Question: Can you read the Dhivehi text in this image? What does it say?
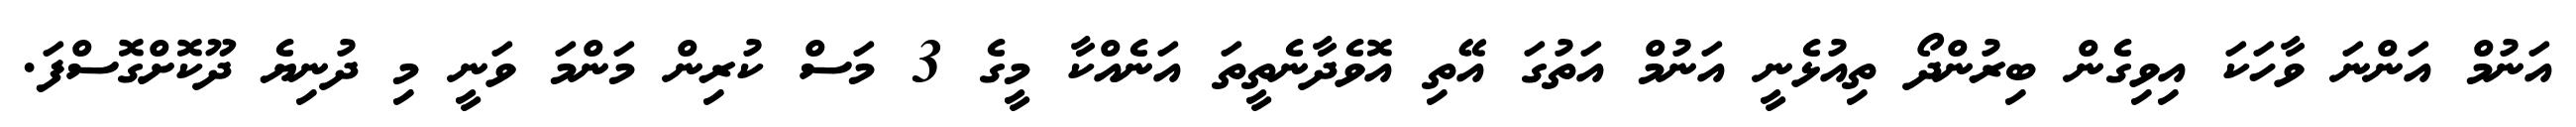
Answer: އަނުމް އަންނަ ވާހަކަ އިވިގެން ބިރުންދޯ ތިއުޅެނީ އަނުމް އަތުގަ އޭތި އޮވެދާނެތީތަ އަނެއްކާ މީގެ 3 މަސް ކުރިން މަންމަ ވަނީ މި ދުނިޔެ ދޫކޮށްގޮސްފަ.